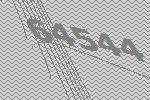
64544